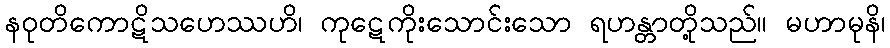
နဝုတိကောဋိသဟေဿဟိ၊ ကုဋေကိုးသောင်းသော ရဟန္တာတို့သည်။ မဟာမုနိ၊